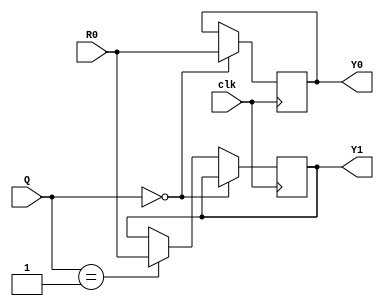
`timescale 1ns / 1ps
//////////////////////////////////////////////////////////////////////////////////
// Company: 
// Engineer: 
// 
// Design Name: 
// Module Name: save_val
// Project Name: 
// Target Devices: 
// Tool Versions: 
// Description: 
// 
// Dependencies: 
// 
// Revision:
// Revision 0.01 - File Created
// Additional Comments:
// 
//////////////////////////////////////////////////////////////////////////////////


module save_val(clk,Q,R0,Y0,Y1);
    input clk;
    input [1:0]Q;
    input [8:0]R0;
    output reg [8:0]Y0,Y1;
    always @(posedge clk)
    begin
        if(Q==0)
            Y0 = R0;
        else
        begin
            if(Q==1)
                Y1 = R0;
        end
    end
endmodule